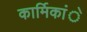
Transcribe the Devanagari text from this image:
कार्मिकांे